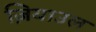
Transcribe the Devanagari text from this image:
ज़ियाउल